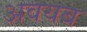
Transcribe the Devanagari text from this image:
अवयब